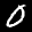
Label: 0